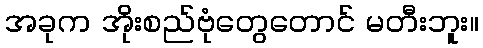
အခုက အိုးစည်ဗုံတွေတောင် မတီးဘူး။